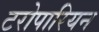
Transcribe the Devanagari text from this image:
टरोपारियन